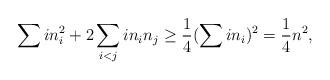
LaTeX: \begin{align*}\sum in_i^2 + 2\sum_{i<j}in_in_j \ge \frac{1}{4}(\sum in_i)^2=\frac{1}{4}n^2,\end{align*}